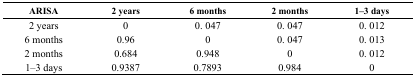
<table><thead><tr><td><b>ARISA</b></td><td><b>2 years</b></td><td><b>6 months</b></td><td><b>2 months</b></td><td><b>1–3 days</b></td></tr></thead><tbody><tr><td>2 years</td><td>0</td><td>0. 047</td><td>0. 047</td><td>0. 012</td></tr><tr><td>6 months</td><td>0.96</td><td>0</td><td>0. 047</td><td>0. 013</td></tr><tr><td>2 months</td><td>0.684</td><td>0.948</td><td>0</td><td>0. 012</td></tr><tr><td>1–3 days</td><td>0.9387</td><td>0.7893</td><td>0.984</td><td>0</td></tr></tbody></table>